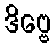
ဒိဗ္ဗေ